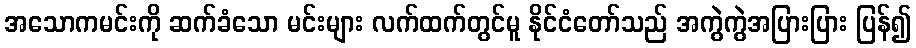
အသောကမင်းကို ဆက်ခံသော မင်းများ လက်ထက်တွင်မူ နိုင်ငံတော်သည် အကွဲကွဲအပြားပြား ပြန်၍